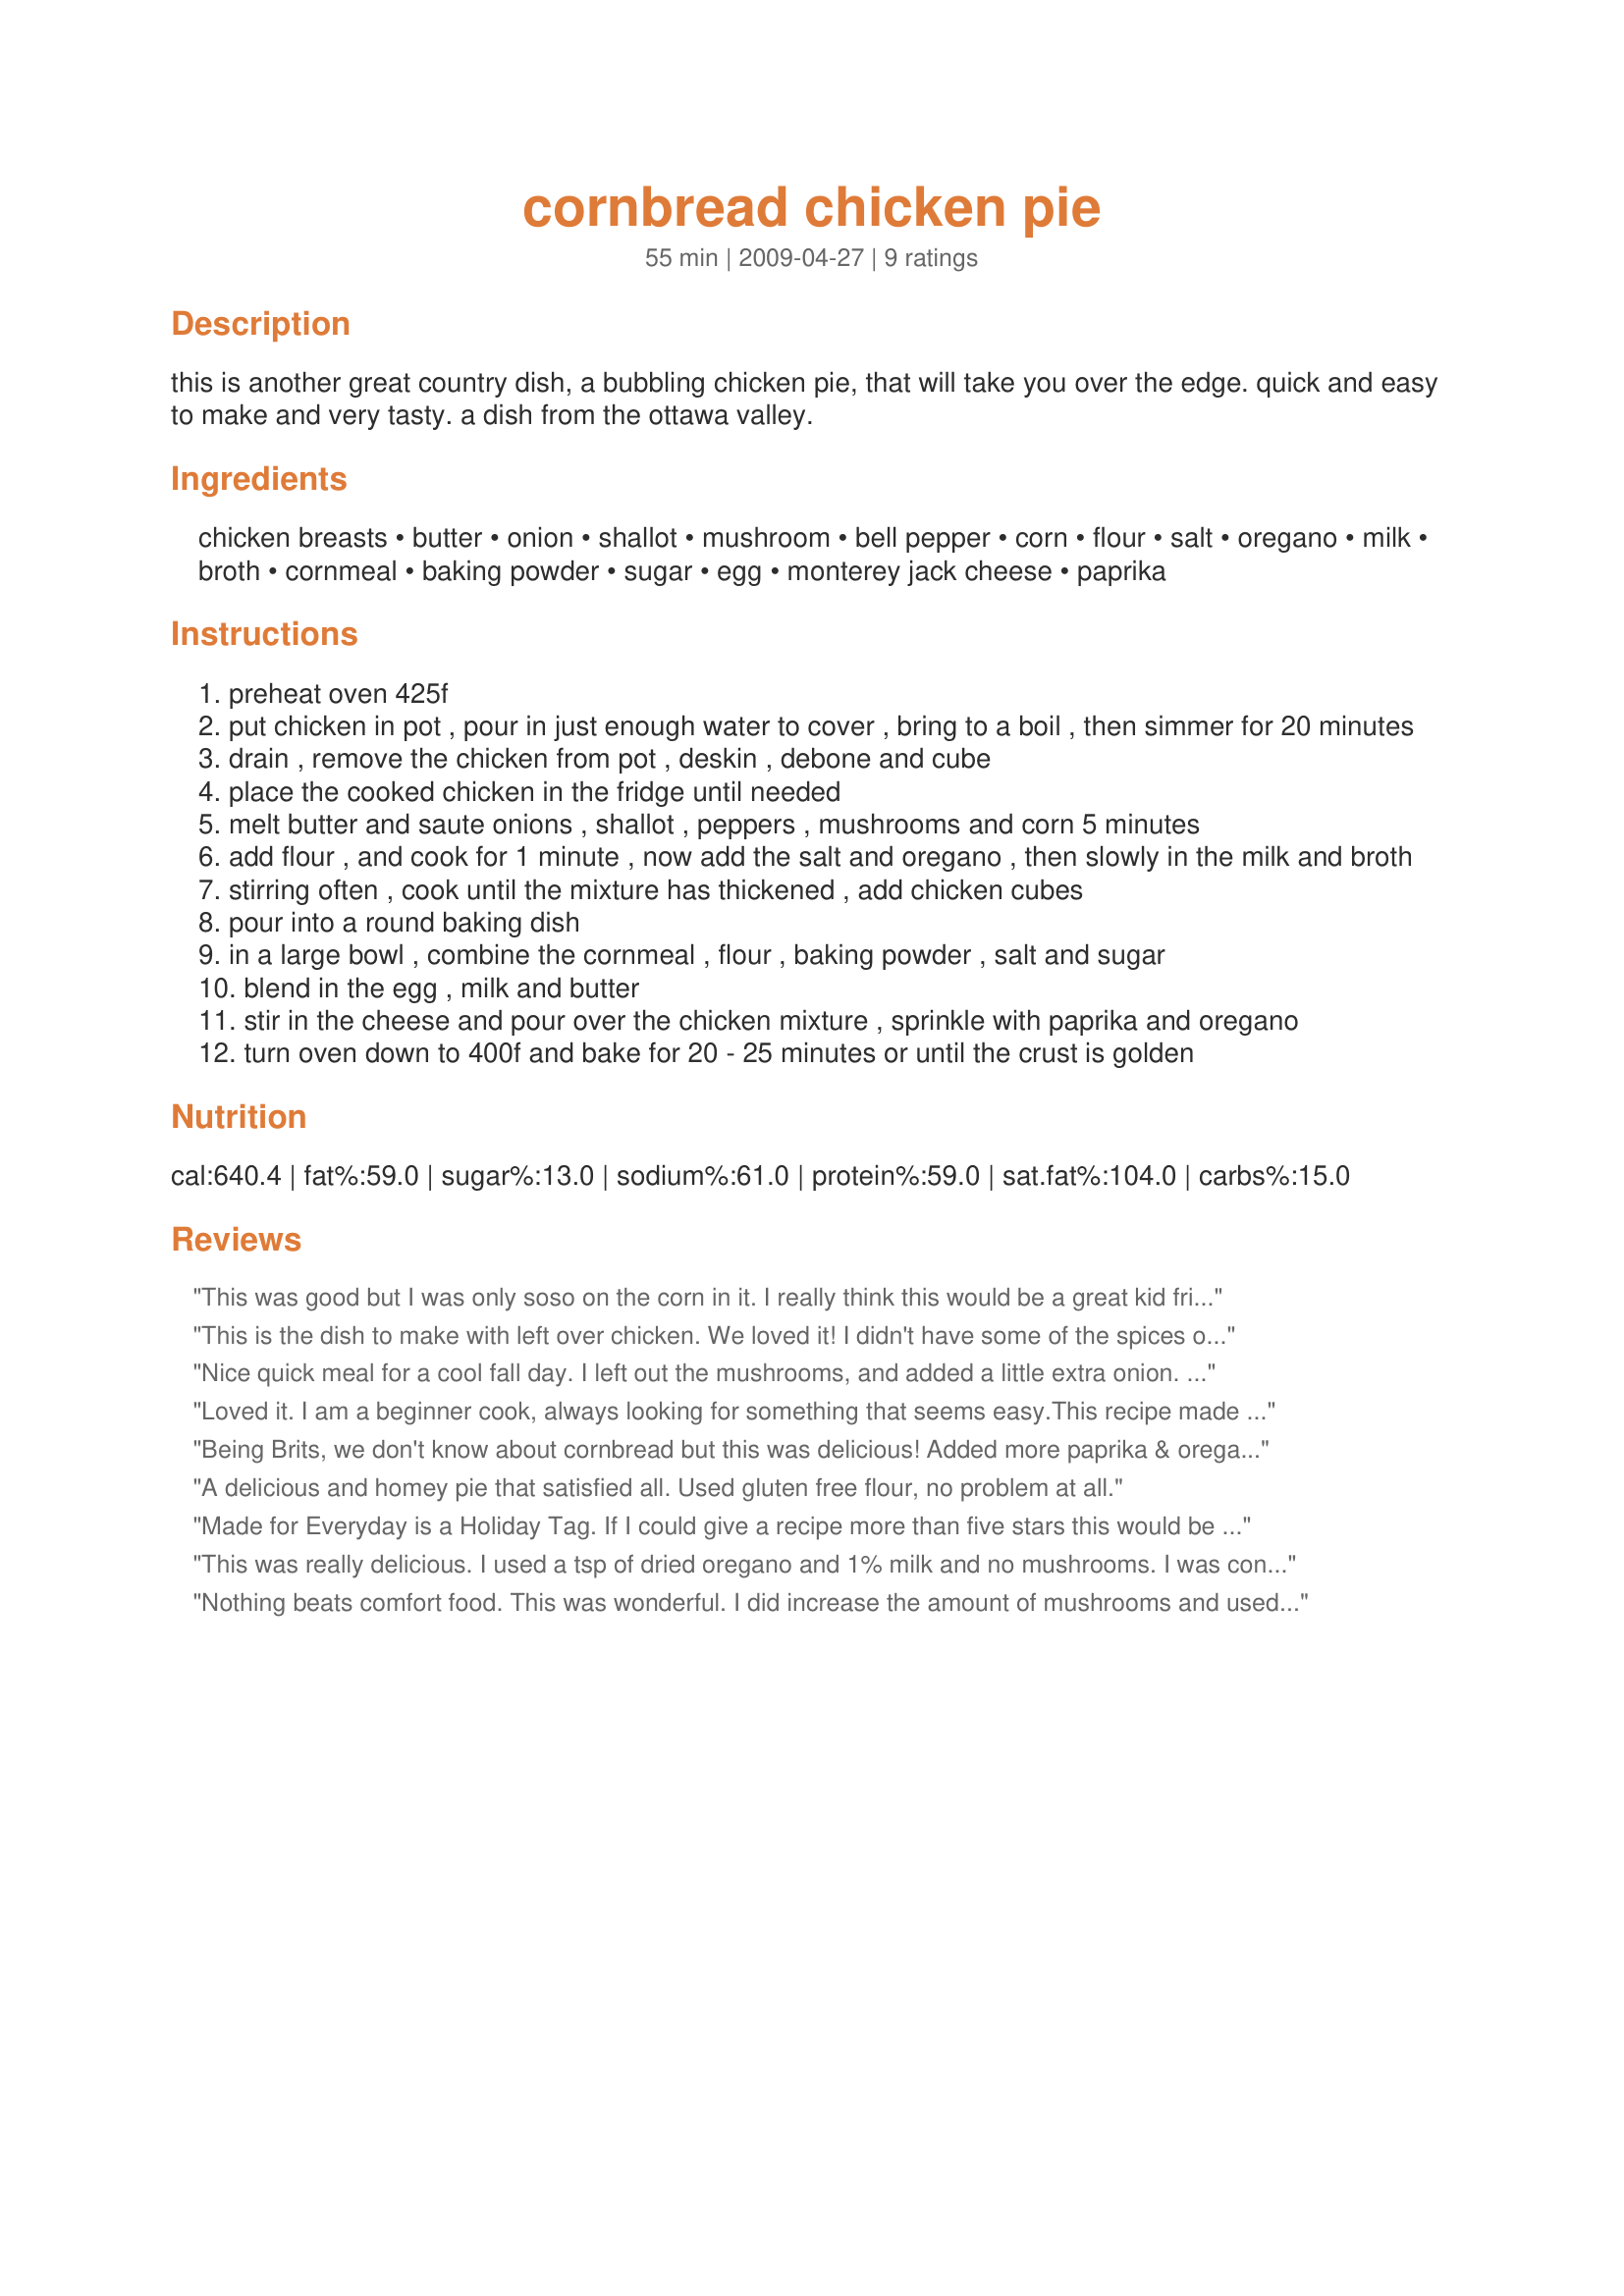
cornbread chicken pie
Preparation time: 55 minutes

this is another great country dish, a bubbling chicken pie, that will take you over the edge. quick and easy to make and very tasty. a dish from the ottawa valley.

Ingredients:
chicken breasts, butter, onion, shallot, mushroom, bell pepper, corn, flour, salt, oregano, milk, broth, cornmeal, baking powder, sugar, egg, monterey jack cheese, paprika

Steps:
preheat oven 425f
put chicken in pot , pour in just enough water to cover , bring to a boil , then simmer for 20 minutes
drain , remove the chicken from pot , deskin , debone and cube
place the cooked chicken in the fridge until needed
melt butter and saute onions , shallot , peppers , mushrooms and corn 5 minutes
add flour , and cook for 1 minute , now add the salt and oregano , then slowly in the milk and broth
stirring often , cook until the mixture has thickened , add chicken cubes
pour into a round baking dish
in a large bowl , combine the cornmeal , flour , baking powder , salt and sugar
blend in the egg , milk and butter
stir in the cheese and pour over the chicken mixture , sprinkle with paprika and oregano
turn oven down to 400f and bake for 20 - 25 minutes or until the crust is golden

Reviews:
This was good but I was only soso on the corn in it. I really think this would be a great kid friendly meal with the mushrooms omitted since many kids don't like them. I do love the cornbread topping . Made for Newest Zaar Tag

Just updated to 4 stars My Dh had some when he got home and LOVED it LOL
This is the dish to make with left over chicken. We loved it! I didn't have some of the spices on hand, so I used Italian seasoning and it turned out wonderful. Thank you for posting such a great and easy recipe.
Nice quick meal for a cool fall day. I left out the mushrooms, and added a little extra onion. Made with some chicken soup, I had on hand. Great comfort food. Made for a complete meal, and we all enjoyed :)
Loved it. I am a beginner cook, always looking for something that seems easy.<br/>This recipe made me look like a very good cook. Like to read the reviews and see what other have done just a little different. Of course I also tweaked the recipe a little. Used no mushrooms, but used a small bag of mixed vegetables, and used a packet of Mexican Cornbread for the topping.<br/>I was worried the cornbread mixture would not get done, but the cornbread mixture combined with the vegetables was perfection.
Being Brits, we don't know about cornbread but this was delicious! Added more paprika & oregano as we love the tastes, and served with fresh green beans. Many thanks!
A delicious and homey pie that satisfied all. Used gluten free flour, no problem at all.
Made for Everyday is a Holiday Tag. If I could give a recipe more than five stars this would be one of them. We all loved it - this is pure comfort food. The cornbread topping is so good and the filling is nice and creamy. I did leave out the mushrooms due to an allergy and increased the corn to 1 cup. Will definitely make this again as I always have these ingredients on hand. Thanks BabyKato for a great recipe!
This was really delicious. I used a tsp of dried oregano and 1% milk and no mushrooms. I was concerned that it might be lacking in flavor, but boy was I wrong! The monterey jack in the cornbread mixture really shone through. Thanks for sharing! I will definitely make this again.
Nothing beats comfort food. This was wonderful. I did increase the amount of mushrooms and used gluten free flours. The corn was cut fresh from the cob. The casserole was baked in an 8x8 inch square pan. We enjoyed this for dinner with a tossed salad. Made for Aussie Swap.
